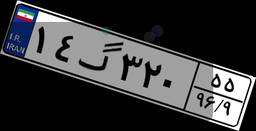
۱۴گ۳۲۰۵۵